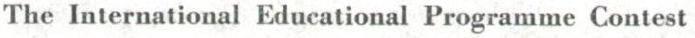
The International Educational Programme Contest